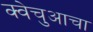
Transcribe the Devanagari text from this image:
क्वेचुआचा